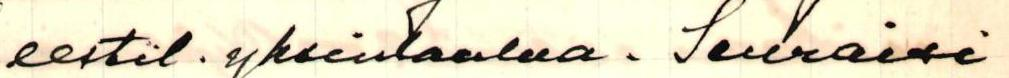
eestil. yksinlaulua. Seuraisi